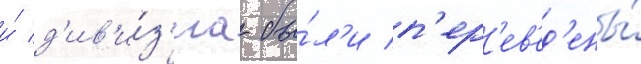
и́ д'ив'и́з'иа бы́л'и п'ер'ев'ед'ены́